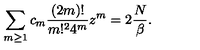
\sum _ { m \geq 1 } c _ { m } { \frac { ( 2 m ) ! } { m ! ^ { 2 } 4 ^ { m } } } z ^ { m } = 2 { \frac { N } { \beta } } .